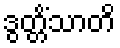
ဒွတ္တိံသာတိ